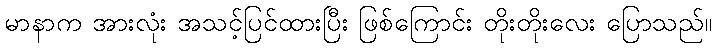
မာနာက အားလုံး အသင့်ပြင်ထားပြီး ဖြစ်ကြောင်း တိုးတိုးလေး ပြောသည်။